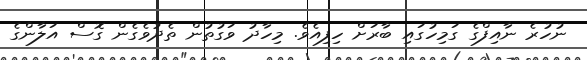
ނުހުރެ ނާއިފްގެ ގަމިހުގައި ބާރަށް ހިފިއެވެ. މިހާދު ވަގުތުން ތެދުވެގެން ގޮސް އަލާންގެ